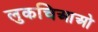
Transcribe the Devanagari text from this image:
लुकचिआओ